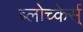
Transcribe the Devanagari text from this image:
ब्लोच्केर्स्